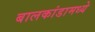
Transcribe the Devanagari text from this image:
बालकांडामध्ये